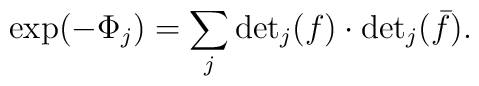
\exp (-\Phi_j)=\sum _j \mbox {det} _j(f) \cdot \mbox {det} _j(\bar f).